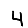
Digit: 4